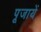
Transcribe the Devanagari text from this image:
पूजायें